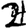
Digit: 2